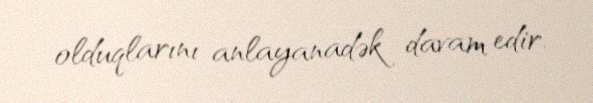
olduqlarını anlayanadək davam edir.